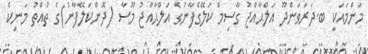
މަންމައަކީ ބ.ދަރަވަންދޫ އަލްޙާއްޖު ގާސިމް ކަލޭގެފާނުގެ އަލްޙާއްޖު މޫސާ (ދޮންކަލޭފާނު)ގެ ތުއްތު މަނިކެ